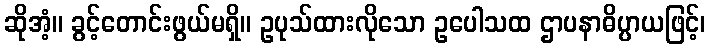
ဆိုအံ့။ ခွင့်တောင်းဖွယ်မရှိ။ ဥပုသ်ထားလိုသော ဥပေါသထ ဌာပနာဓိပ္ပာယဖြင့်၊